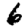
Digit: 6